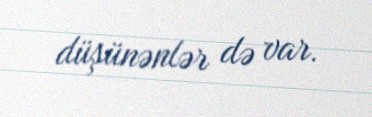
düşünənlər də var.